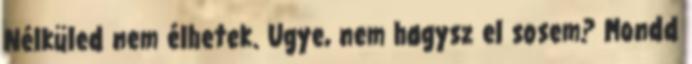
Nélküled nem élhetek. Ugye, nem hagysz el sosem? Mondd